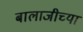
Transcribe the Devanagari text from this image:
बालाजीच्या